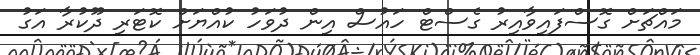
މައްޗަށް ގޮސްފައިވާއިރު ގެސްޓް ހައުސް އިން ދުވަހު ކުއްޔަށް ކޮޓަރި ދޫކުރާ އަގު